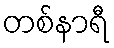
တစ်နာရီ